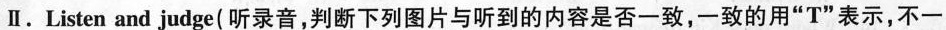
Ⅱ。Listen and judge(听录音，判断下列图片与听到的内容是否一致，一致的用”T”表示，不一